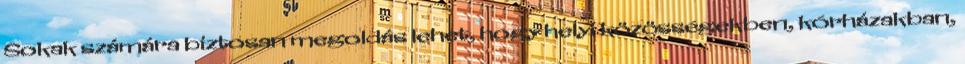
Sokak számára biztosan megoldás lehet, hogy helyi közösségekben, kórházakban,